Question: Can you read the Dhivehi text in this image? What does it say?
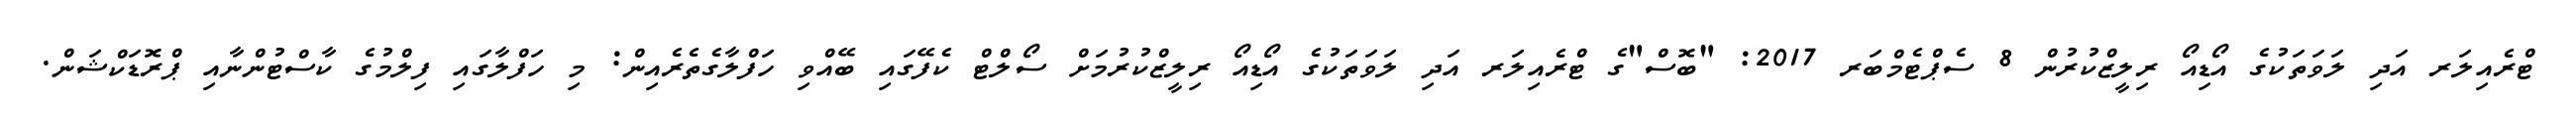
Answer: ޓްރެއިލަރ އަދި ލަވަތަކުގެ އޯޑިއޯ ރިލީޒްކުރުން 8 ސެޕްޓެމްބަރ 2017: "ބޮސް"ގެ ޓްރެއިލަރ އަދި ލަވަތަކުގެ އޯޑިއޯ ރިލީޒްކުރުމަށް ސޯލްޓް ކެފޭގައި ބޭއްވި ހަފްލާގެތެރެއިން: މި ހަފްލާގައި ފިލްމުގެ ކާސްޓުންނާއި ޕްރޮޑަކްޝަން.